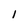
Character: 1